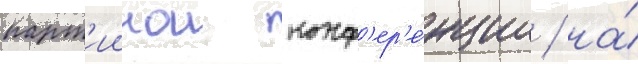
парт'иинои конф'ер'е́нции / на́